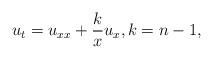
LaTeX: \begin{align*} u_t=u_{xx}+\frac{k}{x}u_x, k=n-1,\end{align*}